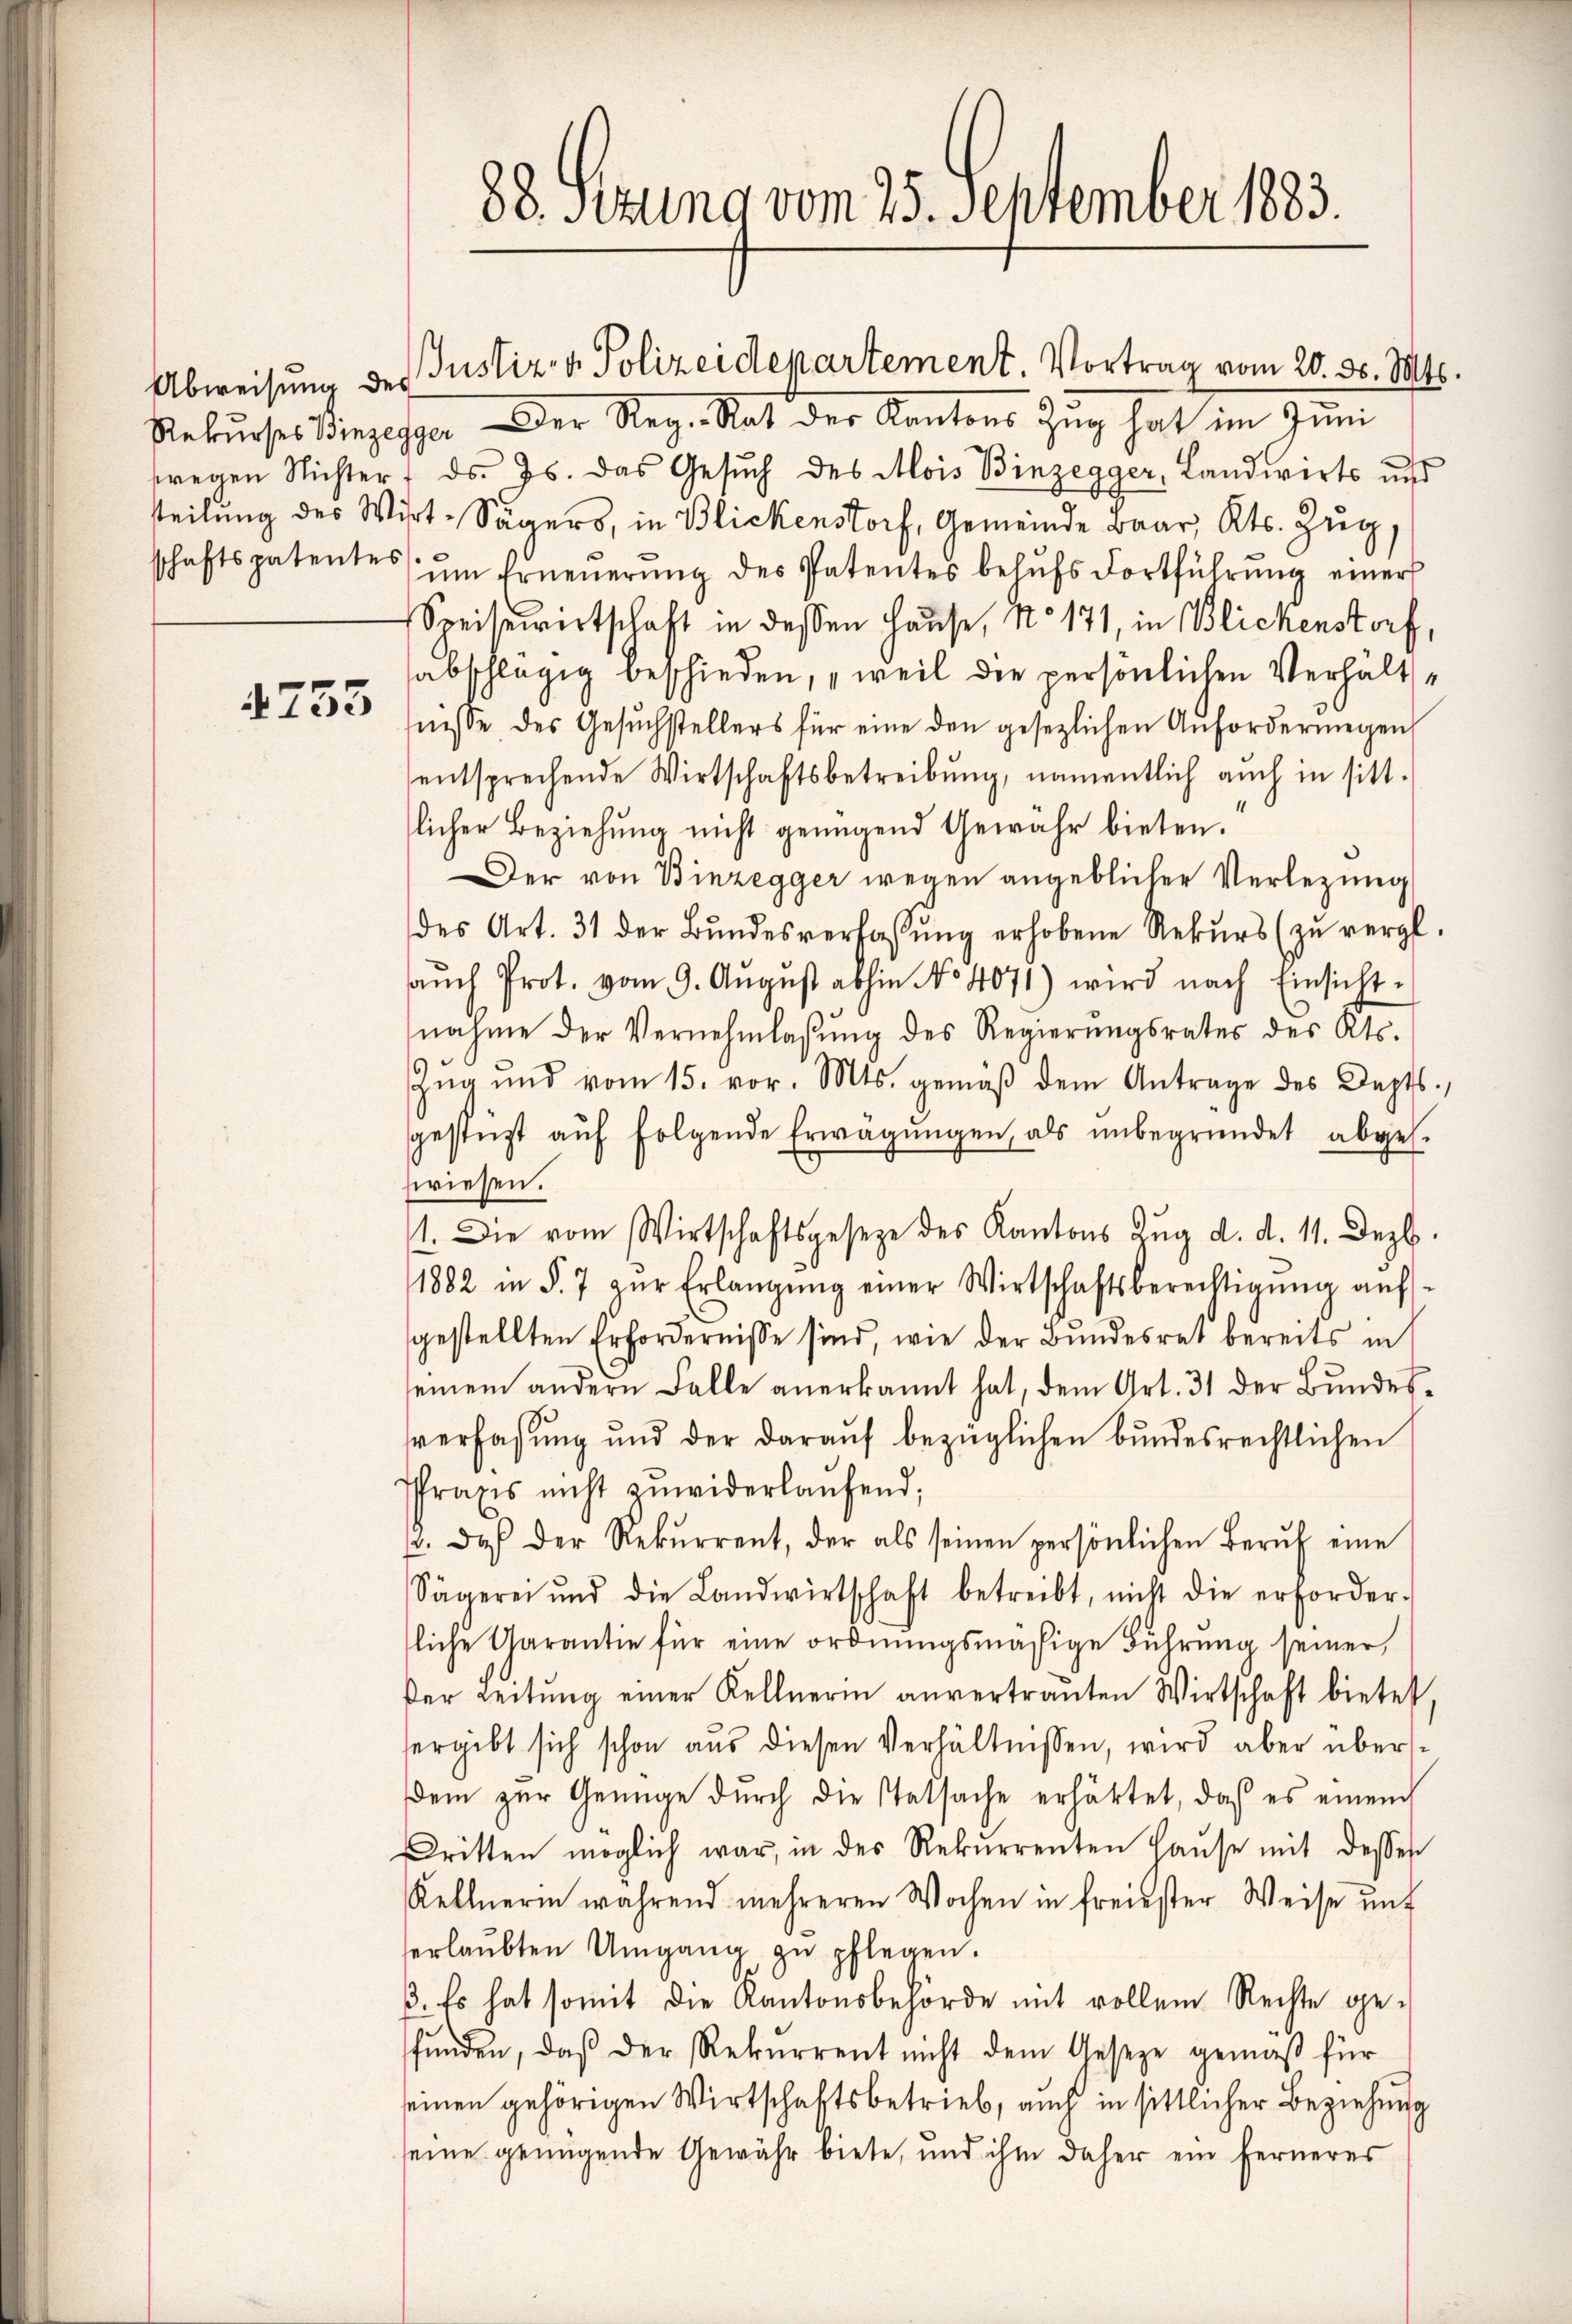
4753

88. Serung vom 25. September 1883.

Rekurses Vinzesser Der Reg. Rat der Kantons Zug hat im Juni
fregen Nichter ds. Js. das Gesŭch des Mois Binzegger, Landwirts und
teilung des Wirt-Sägers, in Blickenstorf, Gemeinde Baar, Kts. Zug,
schaftspatentes ŭm Erneŭerŭng des Patentes behŭfs Fortführŭng einer
Speisewirtschaft in dessen Hause, No 171, in Blickenstorf,
abschlägig beschieden, „weil die persönlichen Verhältfnisse des Gesŭchstellers für eine den gesezlichen Anforderungen
entsprechende Wirtschaftsbetreibung, namentlich auch in sitt-
slicher Beziehung nicht genügend Gewähr bieten.
Der von Binzegger wegen angeblicher Verlegung
des Art. 31 der Bŭndesverfassŭng erhobene Rekŭrs (zŭ vergl.
aŭch Prot. vom 9. Aŭgŭst abhin No 4071) wird nach Einsicht-
nahme der Vernehmlassŭng des Regierŭngsrates des Kts.
Zug und vom 15. vor. Mts. gemäβ dem Antrage des Depts
sgestüzt aŭf folgende Erwägŭngen, als ŭnbegründet abges.
wiesen.
1. Die vom Wirtschaftsgeseze des Kantons Zŭg d. d. 11. Dezb.
1882 in §. 7 zŭr Erlangŭng einer Wirtschaftsberechtigŭng auf-
gestellten Erfordernisse sind, wie der Bundesrat bereits in
seinem andern Falle anerkannt hat, dem Art. 31 der Bŭndes-
verfassung und der daraŭf bezüglichen bundesrechtlichen
Praxis nicht zŭwiderlaŭfend;
p. Daß der Rekŭrrent, der als seinen persönlichen Berŭf eine
Sägerei und die Landwirtschaft betreibt, nicht die erforder-
liche Garantie für eine ordnungsmäßige Führung seiner
der Leitŭng einer Kellnerin anvertrauten Wirtschaft bietet,
ergibt sich schon aŭs diesen Verhältnissen, wird aber übersdem zur Genüge dŭrch die Tatsache erhärtet, daß es einem
Dritten möglich war, in des Rekurrenten Haŭse mit dessen
Kellnerin während mehreren Wochen in freiester Weise unt
erlaŭbten Umgang zu pflegen.
3. Es hat somit die Kantonsbehörde mit vollem Rechte ge-
funden, daß der Rekurrent nicht dem Geseze gemäß für
seinen gehörigen Wirtschaftsbetrieb, auch in sittlicher Beziehung
seine genügende Gewähr biete, und ihm daher ein ferneres

Abweisung des Justiz- & Polizeidepartement. Vortrag vom 20. d. Mts.

.